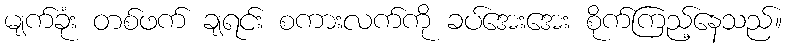
မျက်ခုံး တစ်ဖက် ချရင်း စကားလက်ကို ခပ်အေးအေး စိုက်ကြည့်နေသည်။